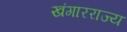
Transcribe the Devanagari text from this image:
खंगारराज्य